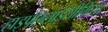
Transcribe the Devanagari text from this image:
हाइपोग्लाईसीमिया